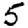
Digit: 5